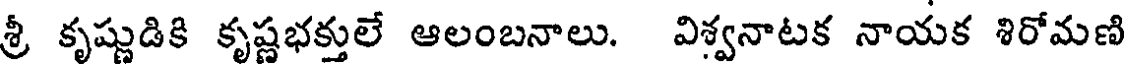
శ్రీ కృష్ణుడికి కృష్ణభక్తులే ఆలంబనాలు. విశ్వనాటక నాయక శిరోమణి